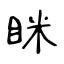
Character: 眯